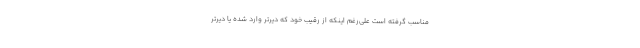
مناسب گرفته ‌است علی‌رغم اینکه از رقیب خود که دیرتر وارد شده یا دیرتر